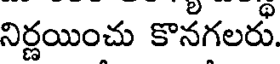
నిర్ణయించు కొనగలరు.